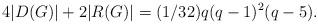
LaTeX: \begin{align*}4|D(G)|+2|R(G)| = (1/32) q (q-1)^2 (q-5). \end{align*}